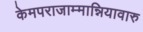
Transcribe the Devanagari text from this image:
केमपराजाम्मान्नियावारु